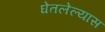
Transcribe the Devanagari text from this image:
घेतलेल्यास